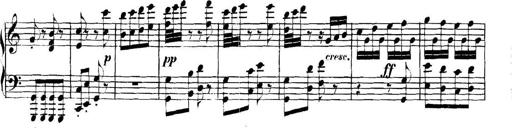
Title: Collected Piano Sonatas
Composer: Muzio Clementi